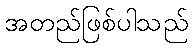
အတည်ဖြစ်ပါသည်